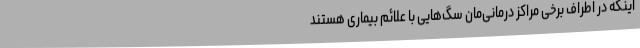
اینکه در اطراف برخی مراکز درمانی‌مان سگ‌هایی با علائم بیماری هستند